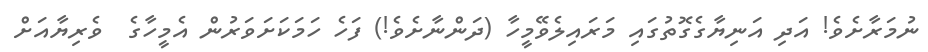
ނުމަރާށެވެ! އަދި އަނިޔާގެގޮތުގައި މަރައިލެވޭމީހާ (ދަންނާށެވެ!) ފަހެ ހަމަކަށަވަރުން އެމީހާގެ  ވެރިޔާއަށް